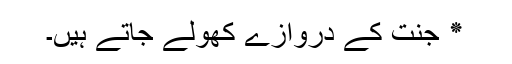
٭ جنت کے دروازے کھولے جاتے ہیں۔